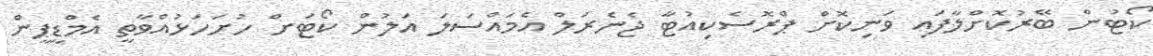
ކޯޓުން ބޭރުކޮށްލާފައި ވަނިކޮށް ޕްރޮސެކިއުޓާ ޖެނެރަލް އެމައްސަލަ އަލުން ކޯޓަށް ހުށަހަޅުއްވާތީ އެމްޑީޕީން